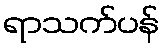
ရာသက်ပန်